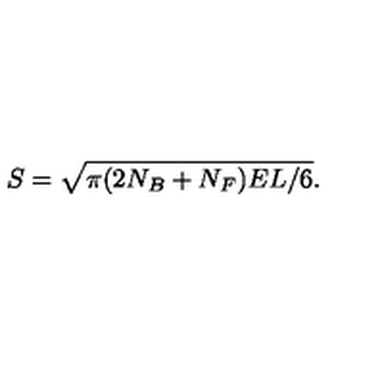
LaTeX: S = \sqrt { \pi ( 2 N _ { B } + N _ { F } ) E L / 6 } .